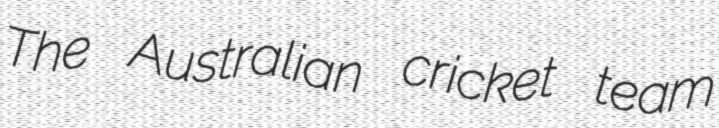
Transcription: The Australian cricket team